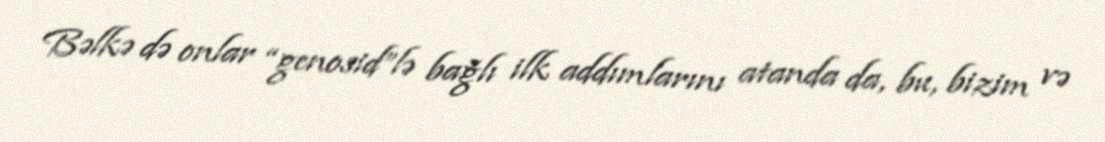
Bəlkə də onlar “genosid”lə bağlı ilk addımlarını atanda da, bu, bizim və